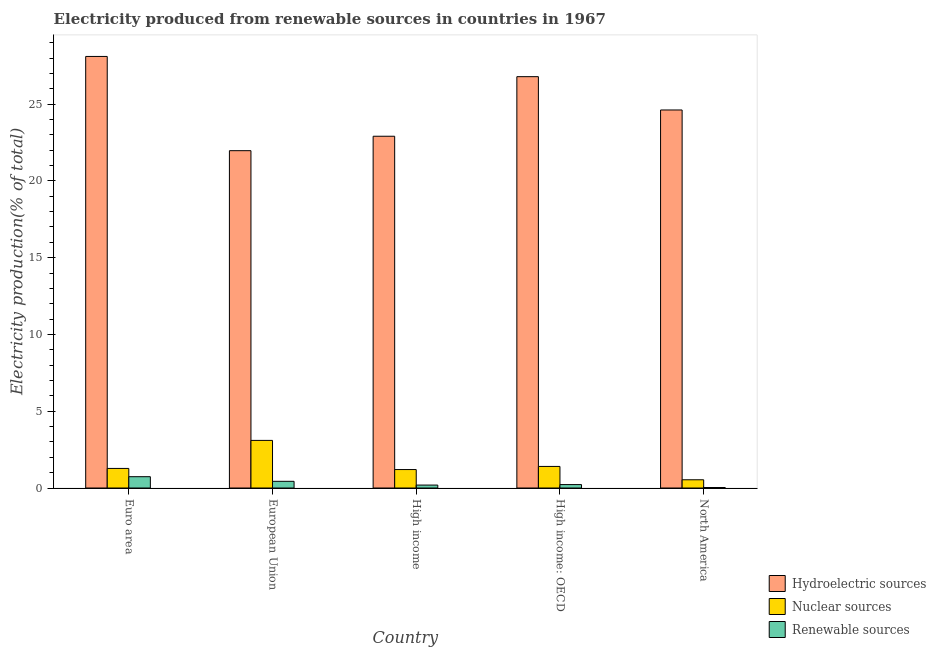
| Country | Hydroelectric sources | Nuclear sources | Renewable sources |
 | --- | --- | --- | --- |
 | Euro area | 28.1 | 1.27 | 0.737 |
 | European Union | 22 | 3.1 | 0.436 |
 | High income | 22.9 | 1.2 | 0.191 |
 | High income: OECD | 26.8 | 1.4 | 0.223 |
 | North America | 24.6 | 0.536 | 0.0326 |